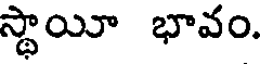
స్థాయీ భావం.